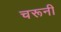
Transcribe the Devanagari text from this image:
चरूनी